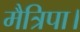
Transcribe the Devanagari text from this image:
मैत्रिपा।